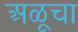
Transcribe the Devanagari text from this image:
अळूचा